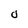
Character: O